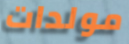
مولدات